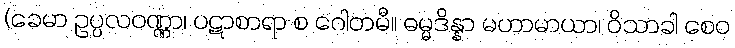
(ခေမာ ဥပ္ပလဝဏ္ဏာ၊ ပဋာစာရာ စ ဂေါတမီ။ ဓမ္မဒိန္နာ မဟာမာယာ၊ ဝိသာခါ စေဝ